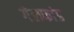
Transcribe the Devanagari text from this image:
गेलफांड